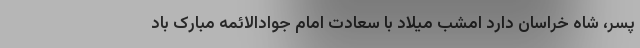
پسر، شاه خراسان دارد امشب میلاد با سعادت امام جوادالائمه مبارک باد